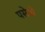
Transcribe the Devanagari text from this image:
पसेवी